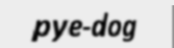
pye-dog